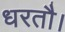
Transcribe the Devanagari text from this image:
धरतौ।